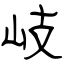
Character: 岐